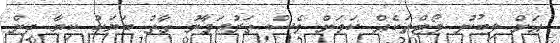
އަށް ލިބުނު ވޯޓްތަކެއް ކަމަށް ވެސް ތަރުޖަމާނު ގާތު ބަޔަކު ކިޔާ ދިން